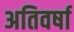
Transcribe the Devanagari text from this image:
अतिवर्षा